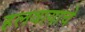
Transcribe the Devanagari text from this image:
हलवायाचे